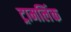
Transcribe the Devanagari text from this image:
ट्रामलिंक